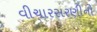
વીચારસરણીનો